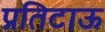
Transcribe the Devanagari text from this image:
प्रतिटाऊ